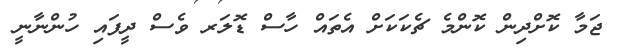
ޖަމާ ކޮށްދިން ކޮންމެ ޗެކަކަށް އެތައް ހާސް ޑޮލަރ ވެސް ދީފައި ހުންނާނީ